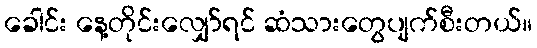
ခေါင်း နေ့တိုင်းလျှော်ရင် ဆံသားတွေပျက်စီးတယ်။